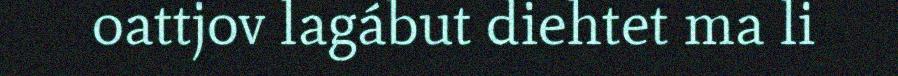
oattjov lagábut diehtet ma li